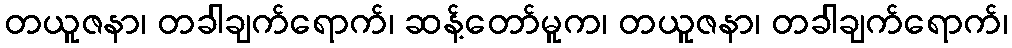
တယူဇနာ၊ တခါချက်ရောက်၊ ဆန့်တော်မူက၊ တယူဇနာ၊ တခါချက်ရောက်၊